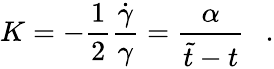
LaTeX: K=-\frac{1}{2}\frac{\dot{\gamma}}{\gamma}=\frac{\alpha}{\tilde{t}-t}~~~.